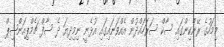
މިމަހުގެ ރޭންކިންގައި ސާކް ސަރަހައްދުން އެއްވަނައިގައި އުޅެނީ ނިމިދިޔަ ދެ ސާފް ޗެމްޕިއަންޝިޕް